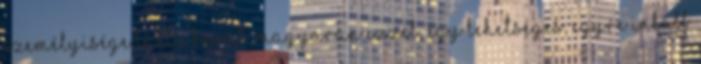
személyisége látta kárát. Magyarán ezzel, egy lehetséges, egyre inkább